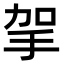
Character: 㧝